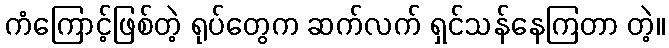
ကံကြောင့်ဖြစ်တဲ့ ရုပ်တွေက ဆက်လက် ရှင်သန်နေကြတာ တဲ့။